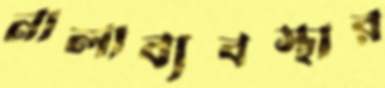
নালাব্যবস্থার